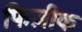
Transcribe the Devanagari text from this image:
फिज़ीक